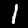
Label: 1